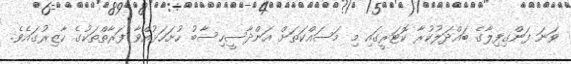
ވަނަ ފަންގިފިލާގެ ބައްދަލުކުރާ ކޮޓަރީގައި މި މަސައްކަތަށް އަންދާސީހިސާބު ހުށަހަޅުއްވާ ފަރާތްތަކުގެ ހާޒިރުގައެވެ.